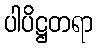
ပါပိဋ္ဌတရာ